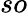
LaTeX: so